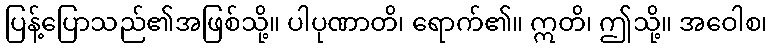
ပြန့်ပြောသည်၏အဖြစ်သို့။ ပါပုဏာတိ၊ ရောက်၏။ ဣတိ၊ ဤသို့။ အဝေါစ၊